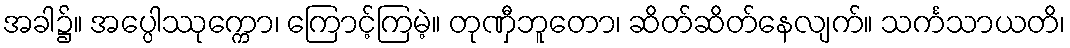
အခါ၌။ အပ္ပေါဿုက္ကော၊ ကြောင့်ကြမဲ့။ တုဏှီဘူတော၊ ဆိတ်ဆိတ်နေလျက်။ သင်္ကသာယတိ၊